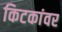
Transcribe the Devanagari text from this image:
किटकांवर